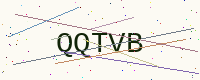
Text: QQTVB